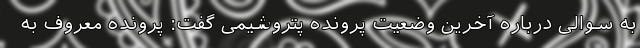
به سوالی درباره آخرین وضعیت پرونده پتروشیمی گفت: پرونده معروف به